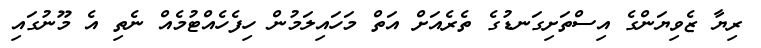
ރިޔާ ޒެވިޔަންގެ އިސްތަށިގަނޑުގެ ތެރެއަށް އަތް މަހައިލަމުން ހިފެހެއްޓުމެއް ނެތި އެ މޫނުގައި